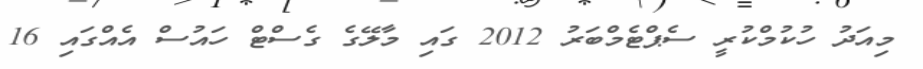
މިއަދު ހުކުމްކުރީ ސެޕްޓެމްބަރު 2012 ގައި މާލޭގެ ގެސްޓް ހައުސް އެއްގައި 16